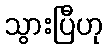
သွားပြီဟု